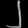
Digit: ၂